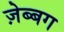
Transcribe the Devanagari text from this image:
ज़ेब्बग